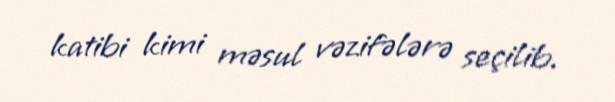
katibi kimi məsul vəzifələrə seçilib.